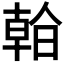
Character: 𣉙